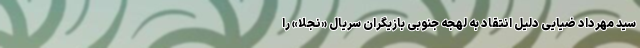
سید مهرداد ضیایی دلیل انتقاد به لهجه جنوبی بازیگران سریال «نجلا» را